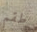
طقم